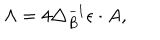
LaTeX: \Lambda = 4 \triangle _ { B } ^ { - 1 } \epsilon \cdot A ,